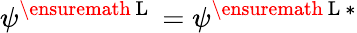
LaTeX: \psi^{\ensuremath{\mathrm{~L~}}}=\psi^{\ensuremath{\mathrm{~L~}}*}